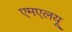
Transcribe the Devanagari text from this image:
एमएलयू